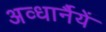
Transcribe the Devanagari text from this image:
अव्धार्नैयें